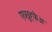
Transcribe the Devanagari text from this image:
एव्स्रुह्फेअ